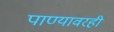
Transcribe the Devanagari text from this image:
पाण्यावरही